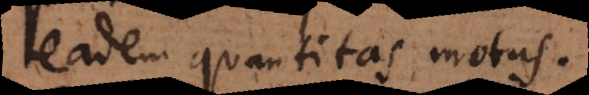
eadem quantitas motus.